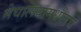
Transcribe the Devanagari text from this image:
मेघालयामधीलच